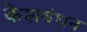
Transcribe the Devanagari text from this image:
केशबंधन